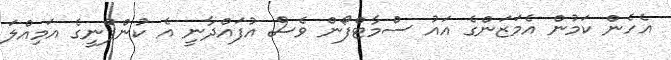
އެހެން ކަމުން އެމަޒަންގެ އައު ސްމާޓްފޯން ވެސް އުފައްދާނީ އެ ކުންފުނީގެ އަމިއްލަ